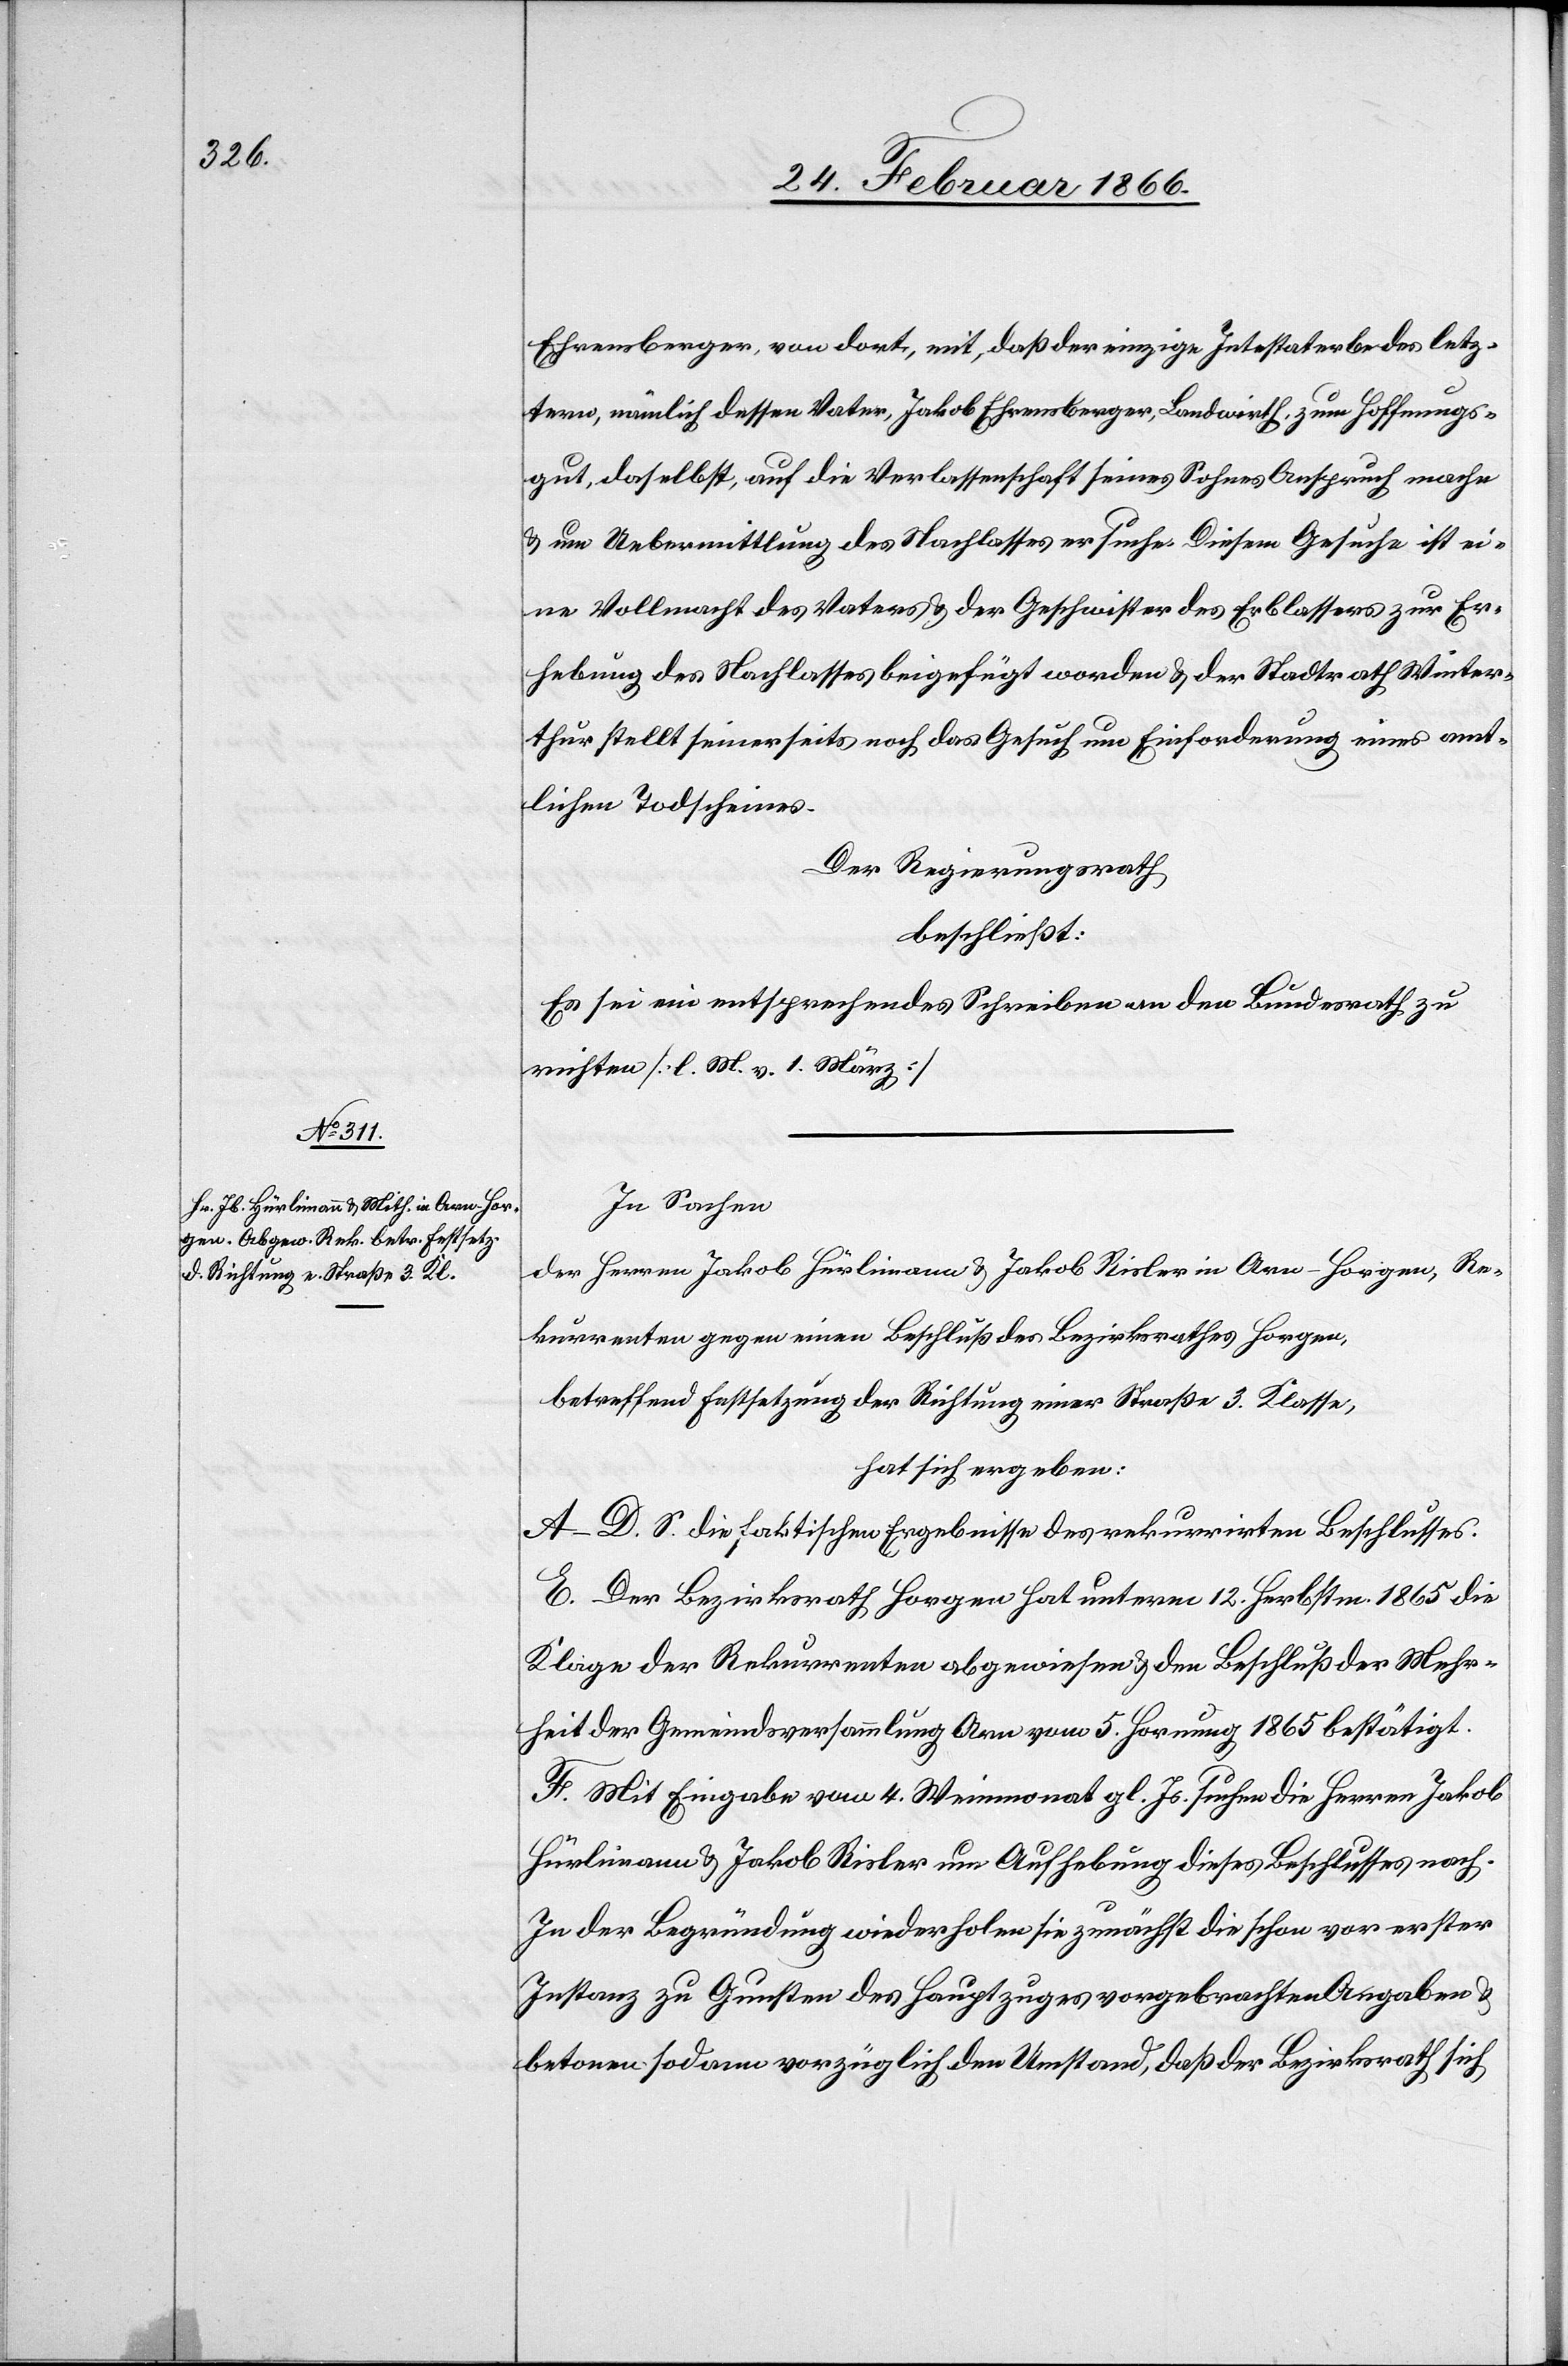
Ehrensberger, von dort, mit, daß der einzige Intestaterbe des letz¬
tern, nämlich dessen Vater, Jakob Ehrensberger, Landwirth, zum Hoffnungs¬
gut, daselbst, auf die Verlassenschaft seines Sohnes Anspruch mache
u. um Uebermittlung des Nachlasses ersuche. Diesem Gesuche ist ei¬
ne Vollmacht des Vaters u. der Geschwister des Erblassers zur Er¬
hebung des Nachlasses beigefügt worden u. der Stadtrath Winter¬
thur stellt seinerseits noch das Gesuch um Einforderung eines amt¬
lichen Todscheines.
Der Regierungsrath
beschließt:
Es sei ein entsprechendes Schreiben an den Bundesrath zu
richten [l. M. v. h. T.]
In Sachen
der Herren Jakob Hürlimann u. Jakob Rislen in Arn–Horgen, Re¬
kurrenten gegen einen Beschluß des Bezirksrathes Horgen,
betreffend Festsetzung der Richtung einer Straße 3. Klasse,
hat sich ergeben:
A–D. S. die faktischen Ergebnisse des rekurrirten Beschlusses.
E. Der Bezirksrath Horgen hat unterm 12. Herbstm. 1865 die
Klage der Rekurrenten abgewiesen u. den Beschluß der Mehr¬
heit der Gemeindsversammlung Arn vom 5. Hornung 1865 bestätigt.
F. Mit Eingabe vom 4. Weinmonat gl. Js. suchen die Herren Jakob
Hürlimann u. Jakob Risler um Aufhebung dieses Beschlusses nach.
In der Begründung wiederholen sie zunächst die schon vor erster
Instanz zu Gunsten des Hauptzuges vorgebrachten Angaben u.
betonen sodann vorzüglich den Umstand, daß der Bezirksrath sich